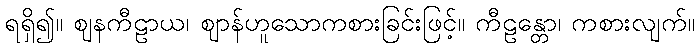
ရရှိ၍။ ဈနကီဠာယ၊ ဈာန်ဟူသောကစားခြင်းဖြင့်။ ကီဠန္တော၊ ကစားလျက်။